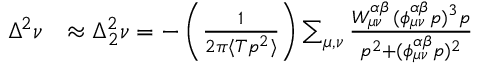
\begin{array} { r l } { \Delta ^ { 2 } \nu } & { \approx \Delta _ { 2 } ^ { 2 } \nu = - \left( \frac { 1 } { 2 \pi \langle T p ^ { 2 } \rangle } \right) \sum _ { { \mu } , { \nu } } \frac { W _ { { \mu } { \nu } } ^ { \alpha \beta } \, ( \phi _ { { \mu } { \nu } } ^ { \alpha \beta } p ) ^ { 3 } p } { p ^ { 2 } + ( \phi _ { { \mu } { \nu } } ^ { \alpha \beta } p ) ^ { 2 } } } \end{array}